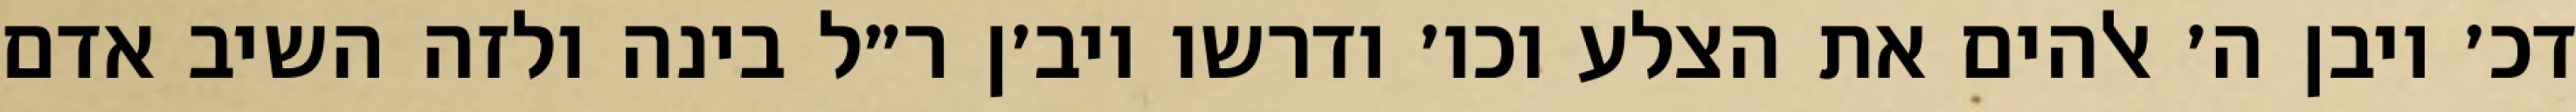
דכ׳ ויבן ה׳ אלהים את הצלע וכו׳ ודרשו ויב׳ן ר״ל בינה ולזה השיב אדם